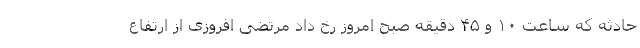
حادثه که ساعت ۱۰ و ۴۵ دقیقه صبح امروز رخ داد مرتضی افروزی از ارتفاع